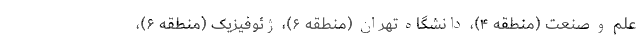
علم و صنعت (منطقه ۴)، دانشگاه تهران (منطقه ۶)، ژئوفیزیک (منطقه ۶)،